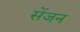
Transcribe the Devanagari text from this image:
सेंजन